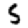
Digit: 5